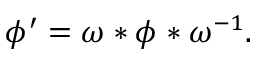
\phi ^ { \prime } = \omega * \phi * \omega ^ { - 1 } .